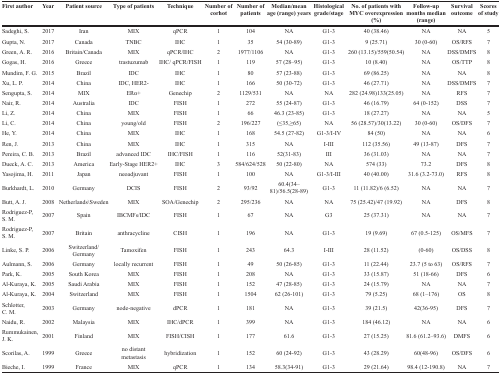
<table><thead><tr><td><b>First author</b></td><td><b>Year</b></td><td><b>Patient source</b></td><td><b>Type of patients</b></td><td><b>Technique</b></td><td><b>Number of corhot</b></td><td><b>Number of patients</b></td><td><b>Median/mean age (range) years</b></td><td><b>Histological grade/stage</b></td><td><b>No. of patients with MYC overexpression (%)</b></td><td><b>Follow-up months median (range)</b></td><td><b>Survival outcome</b></td><td><b>Scores of study</b></td></tr></thead><tbody><tr><td>Sadeghi, S.</td><td>2017</td><td>Iran</td><td>MIX</td><td>qPCR</td><td>1</td><td>104</td><td>NA</td><td>G1-3</td><td>40 (38.46)</td><td>NA</td><td>NA</td><td>5</td></tr><tr><td>Gupta, N.</td><td>2017</td><td>Canada</td><td>TNBC</td><td>IHC</td><td>1</td><td>35</td><td>54 (30-89)</td><td>G1-3</td><td>9 (25.71)</td><td>30 (0-60)</td><td>OS/RFS</td><td>7</td></tr><tr><td>Green, A. R.</td><td>2016</td><td>Britain/Canada</td><td>MIX</td><td>qPCR/IHC</td><td>2</td><td>1977/1106</td><td>NA</td><td>G1-3</td><td>260 (13.15)/559(50.54)</td><td>NA</td><td>DSS/DMFS</td><td>8</td></tr><tr><td>Gogas, H.</td><td>2016</td><td>Greece</td><td>trastuzumab</td><td>IHC/ qPCR/FISH</td><td>1</td><td>119</td><td>57 (28–95)</td><td>G1-3</td><td>10 (8.40)</td><td>NA</td><td>OS/TTP</td><td>8</td></tr><tr><td>Mundim, F. G.</td><td>2015</td><td>Brazil</td><td>IDC</td><td>IHC</td><td>1</td><td>80</td><td>57 (23-88)</td><td>G1-3</td><td>69 (86.25)</td><td>NA</td><td>NA</td><td>8</td></tr><tr><td>Xu, L. P.</td><td>2014</td><td>China</td><td>IDC, HER2-</td><td>IHC</td><td>1</td><td>166</td><td>50 (30-72)</td><td>G1-3</td><td>46 (27.71)</td><td>NA</td><td>DSS/DMFS</td><td>7</td></tr><tr><td>Sengupta, S.</td><td>2014</td><td>MIX</td><td>ERα+</td><td>Genechip</td><td>2</td><td>1129/531</td><td>NA</td><td>NA</td><td>282 (24.98)133(25.05)</td><td>NA</td><td>RFS</td><td>7</td></tr><tr><td>Nair, R.</td><td>2014</td><td>Australia</td><td>IDC</td><td>FISH</td><td>1</td><td>272</td><td>55 (24-87)</td><td>G1-3</td><td>46 (16.79)</td><td>64 (0-152)</td><td>DSS</td><td>7</td></tr><tr><td>Li, Z.</td><td>2014</td><td>China</td><td>MIX</td><td>FISH</td><td>1</td><td>66</td><td>46.3 (23-85)</td><td>G1-3</td><td>18 (27.27)</td><td>NA</td><td>NA</td><td>5</td></tr><tr><td>Li, C.</td><td>2014</td><td>China</td><td>young/old</td><td>FISH</td><td>2</td><td>196/227</td><td>(≤35,≥65)</td><td>NA</td><td>56 (28.57)/30(13.22)</td><td>30 (0-60)</td><td>OS/DFS</td><td>7</td></tr><tr><td>He, Y.</td><td>2014</td><td>China</td><td>MIX</td><td>IHC</td><td>1</td><td>168</td><td>54.5 (27-82)</td><td>G1-3/I-IV</td><td>84 (50)</td><td>NA</td><td>NA</td><td>6</td></tr><tr><td>Ren, J.</td><td>2013</td><td>China</td><td>MIX</td><td>IHC</td><td>1</td><td>315</td><td>NA</td><td>I-III</td><td>112 (35.56)</td><td>49 (13-87)</td><td>DFS</td><td>7</td></tr><tr><td>Pereira, C. B.</td><td>2013</td><td>Brazil</td><td>advanced IDC</td><td>IHC/FISH</td><td>1</td><td>116</td><td>52(31-83)</td><td>III</td><td>36 (31.03)</td><td>NA</td><td>NA</td><td>7</td></tr><tr><td>Dueck, A. C.</td><td>2013</td><td>America</td><td>Early-Stage HER2+</td><td>IHC</td><td>3</td><td>584/624/528</td><td>50 (22-80)</td><td>NA</td><td>574 (33)</td><td>73.2</td><td>DFS</td><td>8</td></tr><tr><td>Yasojima, H.</td><td>2011</td><td>Japan</td><td>neoadjuvant</td><td>FISH</td><td>1</td><td>100</td><td>NA</td><td>G1-3/I-III</td><td>40 (40.00)</td><td>31.6 (3.2-73.0)</td><td>RFS</td><td>8</td></tr><tr><td>Burkhardt, L.</td><td>2010</td><td>Germany</td><td>DCIS</td><td>FISH</td><td>2</td><td>93/92</td><td>60.4(34–81)/56.5(28-89)</td><td>G1-3</td><td>11 (11.82)/6 (6.52)</td><td>NA</td><td>NA</td><td>7</td></tr><tr><td>Butt, A. J.</td><td>2008</td><td>Netherlands\Sweden</td><td>MIX</td><td>SOA/Genechip</td><td>2</td><td>295/236</td><td>NA</td><td>NA</td><td>75 (25.42)/47 (19.92)</td><td>NA</td><td>DFS</td><td>8</td></tr><tr><td>Rodriguez-P, S. M.</td><td>2007</td><td>Spain</td><td>IBCMFs/IDC</td><td>FISH</td><td>1</td><td>67</td><td>NA</td><td>G3</td><td>25 (37.31)</td><td>NA</td><td>NA</td><td>7</td></tr><tr><td>Rodriguez-P, S. M.</td><td>2007</td><td>Britain</td><td>anthracycline</td><td>CISH</td><td>1</td><td>196</td><td>NA</td><td>G1-3</td><td>19 (9.69)</td><td>67 (0.5-125)</td><td>OS/MFS</td><td>7</td></tr><tr><td>Linke, S. P.</td><td>2006</td><td>Switzerland/Germany</td><td>Tamoxifen</td><td>FISH</td><td>1</td><td>243</td><td>64.3</td><td>I-III</td><td>28 (11.52)</td><td>(0-60)</td><td>OS/DSS</td><td>8</td></tr><tr><td>Aulmann, S.</td><td>2006</td><td>Germany</td><td>locally recurrent</td><td>FISH</td><td>1</td><td>49</td><td>50 (26-85)</td><td>G1-3</td><td>11 (22.44)</td><td>23.7 (5 to 63)</td><td>OS/RFS</td><td>7</td></tr><tr><td>Park, K.</td><td>2005</td><td>South Korea</td><td>MIX</td><td>FISH</td><td>1</td><td>208</td><td>NA</td><td>G1-3</td><td>33 (15.87)</td><td>51 (18-66)</td><td>DFS</td><td>6</td></tr><tr><td>Al-Kuraya, K.</td><td>2005</td><td>Saudi Arabia</td><td>MIX</td><td>FISH</td><td>1</td><td>152</td><td>47 (28-85)</td><td>G1-3</td><td>24 (15.79)</td><td>NA</td><td>NA</td><td>7</td></tr><tr><td>Al-Kuraya, K.</td><td>2004</td><td>Switzerland</td><td>MIX</td><td>FISH</td><td>1</td><td>1504</td><td>62 (26-101)</td><td>G1-3</td><td>79 (5.25)</td><td>68 (1–176)</td><td>OS</td><td>8</td></tr><tr><td>Schlotter, C. M.</td><td>2003</td><td>Germany</td><td>node-negative</td><td>dPCR</td><td>1</td><td>181</td><td>NA</td><td>G1-3</td><td>39 (21.5)</td><td>42(36-95)</td><td>DFS</td><td>7</td></tr><tr><td>Naidu, R.</td><td>2002</td><td>Malaysia</td><td>MIX</td><td>IHC/dPCR</td><td>1</td><td>399</td><td>NA</td><td>G1-3</td><td>184 (46.12)</td><td>NA</td><td>NA</td><td>6</td></tr><tr><td>Rummukainen, J. K.</td><td>2001</td><td>Finland</td><td>MIX</td><td>FISH/CISH</td><td>1</td><td>177</td><td>61.6</td><td>G1-3</td><td>27 (15.25)</td><td>81.6 (61.2–93.6)</td><td>DMFS</td><td>6</td></tr><tr><td>Scorilas, A.</td><td>1999</td><td>Greece</td><td>no distant metastasis</td><td>hybridization</td><td>1</td><td>152</td><td>60 (24-92)</td><td>G1-3</td><td>43 (28.29)</td><td>60(48-96)</td><td>OS/DFS</td><td>6</td></tr><tr><td>Bieche, I.</td><td>1999</td><td>France</td><td>MIX</td><td>qPCR</td><td>1</td><td>134</td><td>58.3(34-91)</td><td>G1-3</td><td>29 (21.64)</td><td>98.4 (12-190.8)</td><td>NA</td><td>7</td></tr></tbody></table>